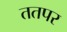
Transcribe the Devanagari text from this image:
ततपर